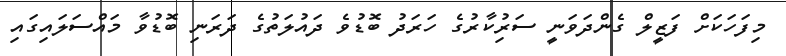
މިފަހަކަށް ފަޒީލް ގެންދަވަނީ ސަރުިކާރުގެ ހަރަދު ބޮޑުވެ ދައުލަތުގެ ދަރަނި ބޮޑުވާ މައްސަލައިގައި